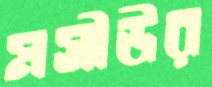
মসীউর